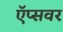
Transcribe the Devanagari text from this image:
ऍप्सवर